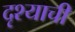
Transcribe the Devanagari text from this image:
दृश्याची